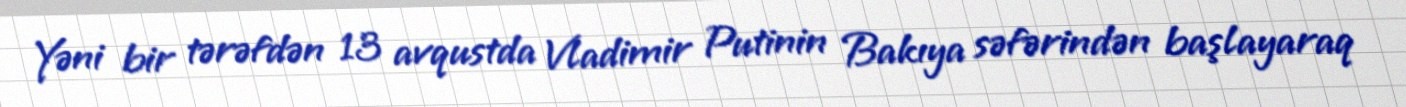
Yəni bir tərəfdən 13 avqustda Vladimir Putinin Bakıya səfərindən başlayaraq